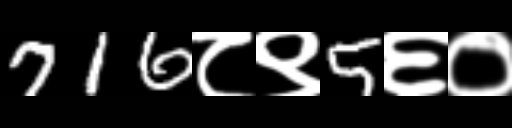
Text: 716८९5६०